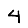
Digit: 4